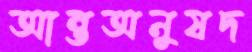
আন্তঅনুষদ